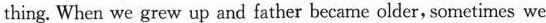
thing. When we grew up and father became older, sometimes we